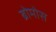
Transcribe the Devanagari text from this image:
ब्रोमोस